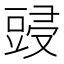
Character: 䜷